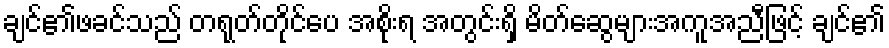
ချင်၏ဖခင်သည် တရုတ်တိုင်ပေ အစိုးရ အတွင်းရှိ မိတ်ဆွေများအကူအညီဖြင့် ချင်၏